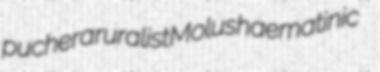
puchera ruralist Molus haematinic